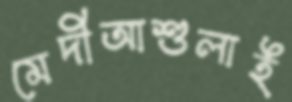
মেদীআশুলাই